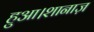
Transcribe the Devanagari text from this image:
हुआ।शानाज़